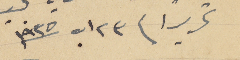
تحريراً فى ٢٣ اب سنة ١٩٣٥